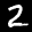
Label: 2